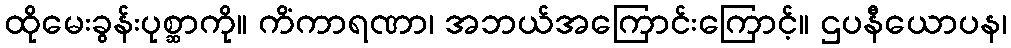
ထိုမေးခွန်းပုစ္ဆာကို။ ကိံကာရဏာ၊ အဘယ်အကြောင်းကြောင့်။ ဌပနီယောပန၊